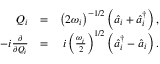
\begin{array} { r l r } { Q _ { i } } & { = } & { \left( 2 \omega _ { i } \right) ^ { - 1 / 2 } \left( \hat { a } _ { i } + \hat { a } _ { i } ^ { \dagger } \right) , } \\ { - i \frac { \partial } { \partial Q _ { i } } } & { = } & { i \left( \frac { \omega _ { i } } { 2 } \right) ^ { 1 / 2 } \left( \hat { a } _ { i } ^ { \dagger } - \hat { a } _ { i } \right) . } \end{array}